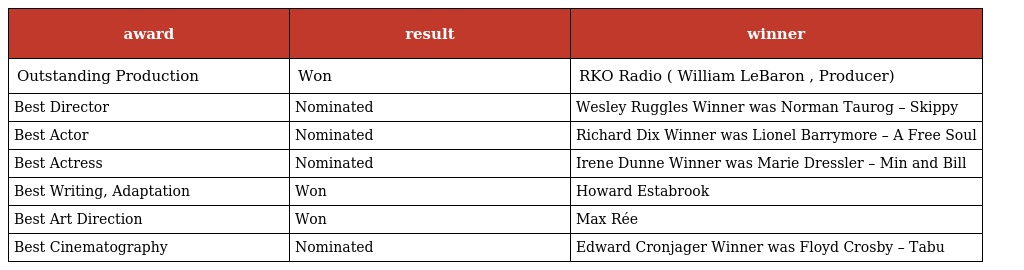
| award | result | winner |
 | --- | --- | --- |
 | Outstanding Production | Won | RKO Radio ( William LeBaron , Producer) |
 | Best Director | Nominated | Wesley Ruggles Winner was Norman Taurog – Skippy |
 | Best Actor | Nominated | Richard Dix Winner was Lionel Barrymore – A Free Soul |
 | Best Actress | Nominated | Irene Dunne Winner was Marie Dressler – Min and Bill |
 | Best Writing, Adaptation | Won | Howard Estabrook |
 | Best Art Direction | Won | Max Rée |
 | Best Cinematography | Nominated | Edward Cronjager Winner was Floyd Crosby – Tabu |